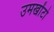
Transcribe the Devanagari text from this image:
उमखोंटो